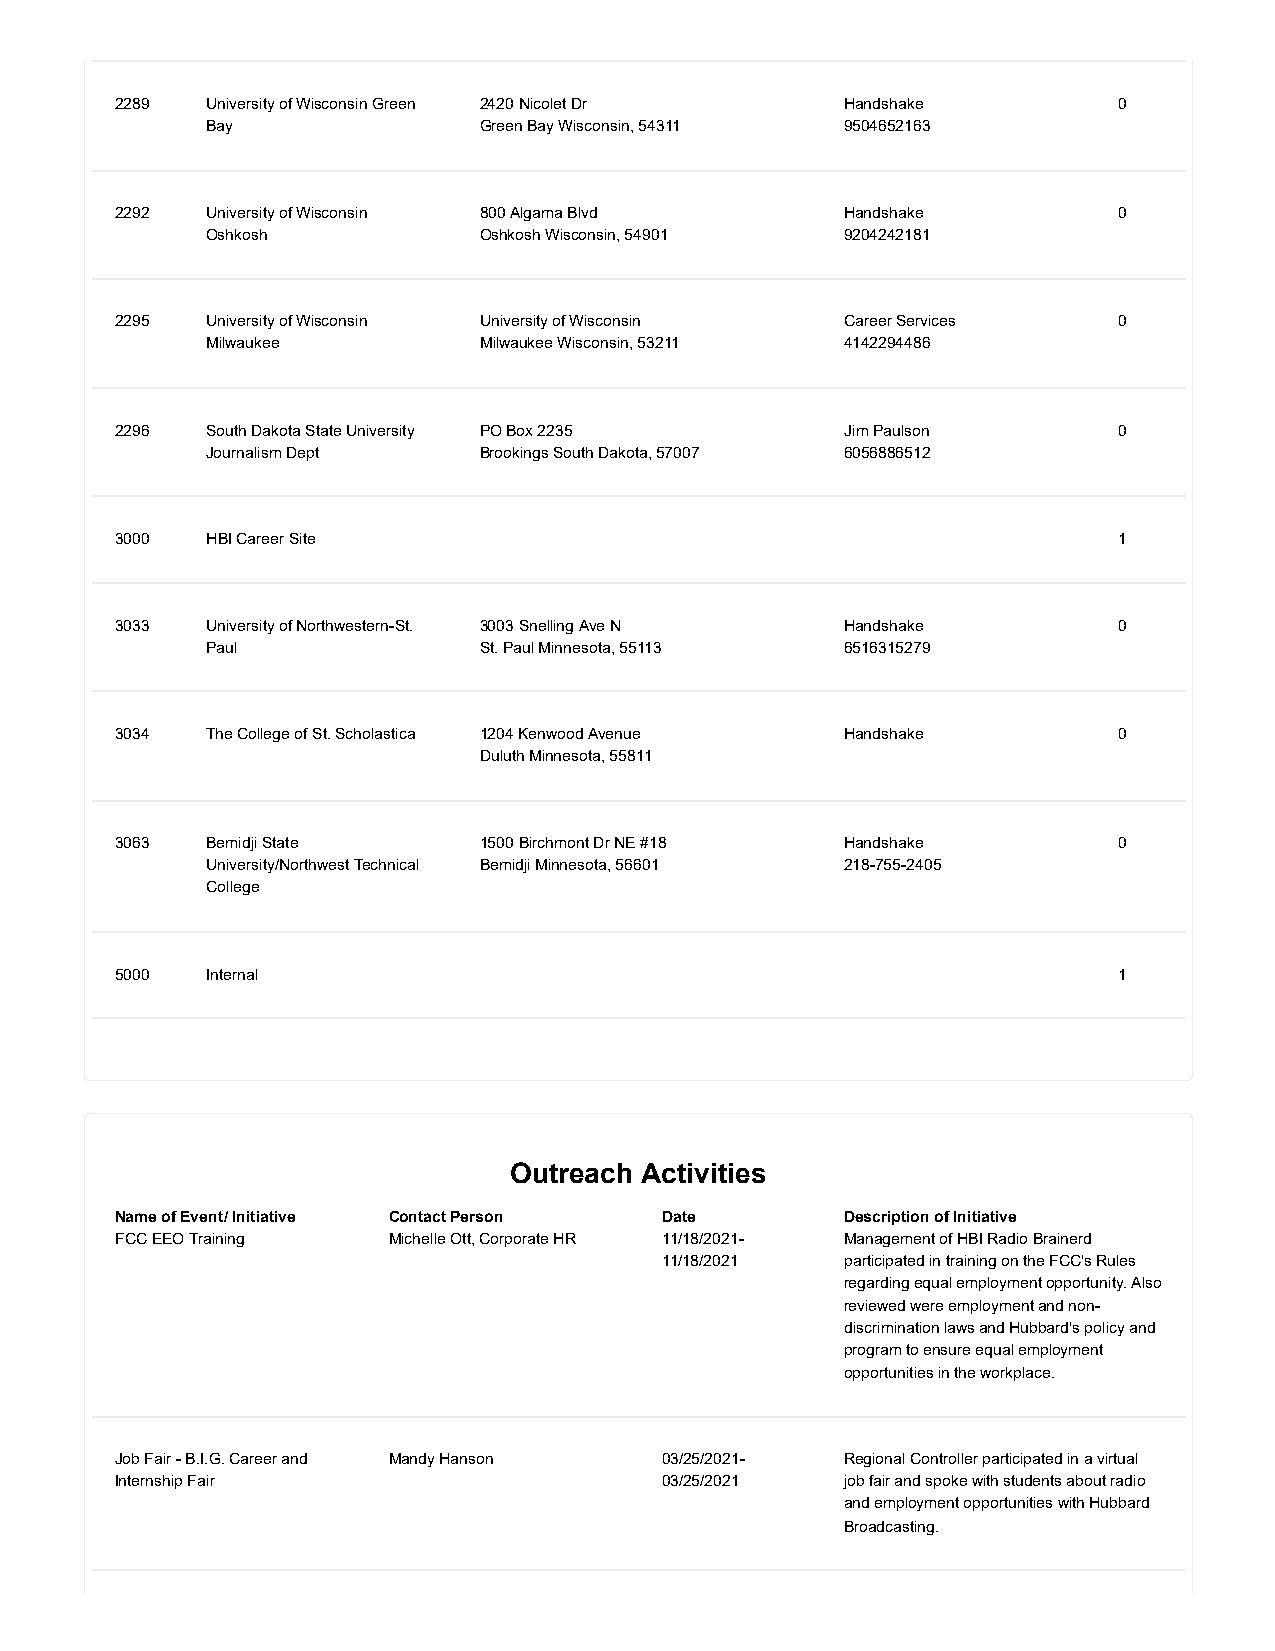
2289  University of Wisconsin Green 2420 Nicolet Dr Handshake     0
 Bay               Green Bay Wisconsin, 54311 9504652163
 2292  University of Wisconsin 800 Algama Blvd   Handshake         0
 Oshkosh           Oshkosh Wisconsin, 54901 9204242181
 2295  University of Wisconsin University of Wisconsin Career Services 0
 Milwaukee         Milwaukee Wisconsin, 53211 4142294486
 2296  South Dakota State University PO Box 2235 Jim Paulson       0
 Journalism Dept   Brookings South Dakota, 57007 6056886512
 3000  HBI Career Site                                             1
 3033  University of Northwestern-St. 3003 Snelling Ave N Handshake 0
 Paul              St. Paul Minnesota, 55113 6516315279
 3034  The College of St. Scholastica 1204 Kenwood Avenue Handshake 0
 Duluth Minnesota, 55811
 3063  Bemidji State     1500 Birchmont Dr NE #18 Handshake        0
 University/Northwest Technical Bemidji Minnesota, 56601 218-755-2405
 College
 5000  Internal                                                    1
 Outreach Activities
 Name of Event/ Initiative Contact Person Date   Description of Initiative
 FCC EEO Training  Michelle Ott, Corporate HR 11/18/2021- Management of HBI Radio Brainerd
 11/18/2021  participated in training on the FCC's Rules
 regarding equal employment opportunity. Also
 reviewed were employment and non-
 discrimination laws and Hubbard's policy and
 program to ensure equal employment
 opportunities in the workplace.
 Job Fair - B.I.G. Career and Mandy Hanson 03/25/2021- Regional Controller participated in a virtual
 Internship Fair                     03/25/2021  job fair and spoke with students about radio
 and employment opportunities with Hubbard
 Broadcasting.